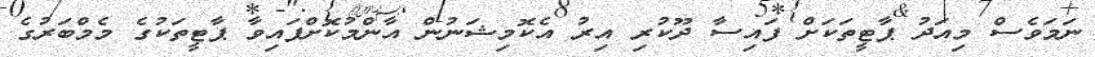
ނަމަވެސް މިއަދު ޕާޓީތަކަށް ފައިސާ ދޫކުރި އިރު އެކޮމިޝަނުން އާންމުކޮށްފައިވާ ޕާޓީތަކުގެ މެމްބަރުގެ